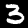
Label: 3